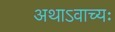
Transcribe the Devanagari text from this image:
अथाऽवाच्यः